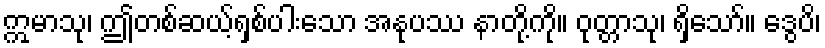
ဣမာသု၊ ဤတစ်ဆယ့်ရှစ်ပါးသော အနုပဿ နာတို့ကို။ ဝုတ္တာသု၊ ရှိသော်။ ဒွေပိ၊